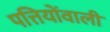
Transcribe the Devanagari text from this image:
पत्तियोंवाली